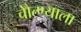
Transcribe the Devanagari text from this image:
चेौत्ण्याला